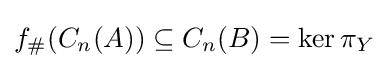
f_{\#}(C_{n}(A))\subseteq C_{n}(B)=\ker \pi _{Y}